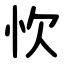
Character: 忺